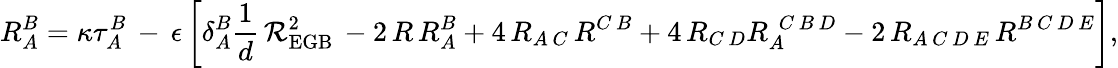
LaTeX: R_{A}^{B}=\kappa\tau_{A}^{B}\, -\, \epsilon\, \biggl[\delta_{A}^{B}\frac{1}{d}\, {\cal R}_{\mathrm{EGB}}^{2}\, -2\, R\, R_{A}^{B}+4\, R_{A\, C}\, R^{C\, B}+4\, R_{C\, D}R_{A}^{~~C\, B\, D}-2\, R_{A\, C\, D\, E}\, R^{B\, C\, D\, E}\biggr],